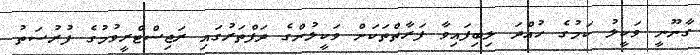
ގާނޫނީ ވަކީލު ކަމުގެ ހުއްދަ ލިބިފައިވާ ފަރާތްތަަަކަށް ވަކީލުންގެ ދަފްތަރުގައި ރަޖިސްޓްރީވުމުގެ ފުރުސަތު